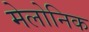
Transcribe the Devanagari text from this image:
मेलोनिक